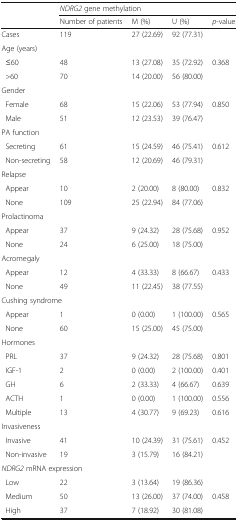
<table><thead><tr><td></td><td colspan="4"><b><i>NDRG2</i> gene methylation</b></td></tr><tr><td></td><td><b>Number of patients</b></td><td><b>M (%)</b></td><td><b>U (%)</b></td><td><b><i>p</i>-value</b></td></tr></thead><tbody><tr><td>Cases</td><td>119</td><td>27 (22.69)</td><td>92 (77.31)</td><td></td></tr><tr><td colspan="5">Age (years)</td></tr><tr><td> ≤60</td><td>48</td><td>13 (27.08)</td><td>35 (72.92)</td><td rowspan="2">0.368</td></tr><tr><td> &gt;60</td><td>70</td><td>14 (20.00)</td><td>56 (80.00)</td></tr><tr><td colspan="5">Gender</td></tr><tr><td> Female</td><td>68</td><td>15 (22.06)</td><td>53 (77.94)</td><td rowspan="2">0.850</td></tr><tr><td> Male</td><td>51</td><td>12 (23.53)</td><td>39 (76.47)</td></tr><tr><td colspan="5">PA function</td></tr><tr><td> Secreting</td><td>61</td><td>15 (24.59)</td><td>46 (75.41)</td><td rowspan="2">0.612</td></tr><tr><td> Non-secreting</td><td>58</td><td>12 (20.69)</td><td>46 (79.31)</td></tr><tr><td colspan="5">Relapse</td></tr><tr><td> Appear</td><td>10</td><td>2 (20.00)</td><td>8 (80.00)</td><td rowspan="2">0.832</td></tr><tr><td> None</td><td>109</td><td>25 (22.94)</td><td>84 (77.06)</td></tr><tr><td colspan="5">Prolactinoma</td></tr><tr><td> Appear</td><td>37</td><td>9 (24.32)</td><td>28 (75.68)</td><td rowspan="2">0.952</td></tr><tr><td> None</td><td>24</td><td>6 (25.00)</td><td>18 (75.00)</td></tr><tr><td colspan="5">Acromegaly</td></tr><tr><td> Appear</td><td>12</td><td>4 (33.33)</td><td>8 (66.67)</td><td rowspan="2">0.433</td></tr><tr><td> None</td><td>49</td><td>11 (22.45)</td><td>38 (77.55)</td></tr><tr><td colspan="5">Cushing syndrome</td></tr><tr><td> Appear</td><td>1</td><td>0 (0.00)</td><td>1 (100.00)</td><td rowspan="2">0.565</td></tr><tr><td> None</td><td>60</td><td>15 (25.00)</td><td>45 (75.00)</td></tr><tr><td colspan="5">Hormones</td></tr><tr><td> PRL</td><td>37</td><td>9 (24.32)</td><td>28 (75.68)</td><td>0.801</td></tr><tr><td> IGF-1</td><td>2</td><td>0 (0.00)</td><td>2 (100.00)</td><td>0.401</td></tr><tr><td> GH</td><td>6</td><td>2 (33.33)</td><td>4 (66.67)</td><td>0.639</td></tr><tr><td> ACTH</td><td>1</td><td>0 (0.00)</td><td>1 (100.00)</td><td>0.556</td></tr><tr><td> Multiple</td><td>13</td><td>4 (30.77)</td><td>9 (69.23)</td><td>0.616</td></tr><tr><td colspan="5">Invasiveness</td></tr><tr><td> Invasive</td><td>41</td><td>10 (24.39)</td><td>31 (75.61)</td><td rowspan="2">0.452</td></tr><tr><td> Non-invasive</td><td>19</td><td>3 (15.79)</td><td>16 (84.21)</td></tr><tr><td colspan="5"><i>NDRG2</i> mRNA expression</td></tr><tr><td> Low</td><td>22</td><td>3 (13.64)</td><td>19 (86.36)</td><td></td></tr><tr><td> Medium</td><td>50</td><td>13 (26.00)</td><td>37 (74.00)</td><td rowspan="2">0.458</td></tr><tr><td> High</td><td>37</td><td>7 (18.92)</td><td>30 (81.08)</td></tr></tbody></table>